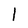
Character: I